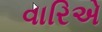
વારિએ